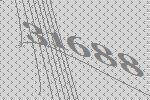
31688